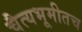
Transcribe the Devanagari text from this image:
चैत्यभूमीतच